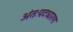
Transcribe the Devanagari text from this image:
अंतःपटधारण